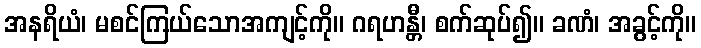
အနရိယံ၊ မစင်ကြယ်သောအကျင့်ကို။ ဂရဟန္တီ၊ စက်ဆုပ်၍။ ခဏံ၊ အခွင့်ကို။